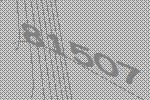
81507